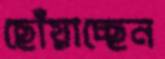
ছোঁয়াচ্ছেন